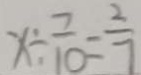
x \div \frac { 7 } { 1 0 } = \frac { 2 } { 7 }